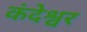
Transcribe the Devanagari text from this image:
कंदेश्वर